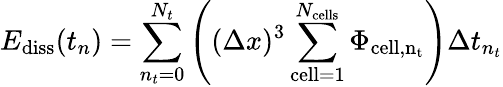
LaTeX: E_{\mathrm{diss}}(t_{n})=\sum_{n_{t}=0}^{N_{t}}\left((\Delta x)^{3}\sum_{\mathrm{cell}=1}^{N_{\mathrm{cells}}}\Phi_{\mathrm{cell,n_{t}}}\right)\Delta t_{n_{t}}